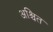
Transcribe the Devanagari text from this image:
अश्चित